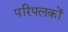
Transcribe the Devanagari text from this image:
परिपलकों